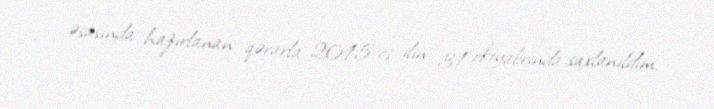
əsasında hazırlanan qərarla 2015-ci ilin 31 oktyabrında saxlanıldım.